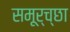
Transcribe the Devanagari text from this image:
समूर्च्छा